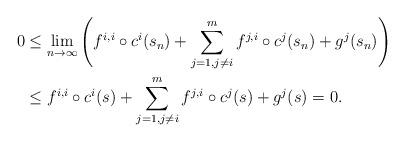
LaTeX: \begin{align*}0&\leq\lim_{n\to\infty} \left( f^{i,i}\circ c^i(s_n) +\sum_{j=1,j\not=i}^mf^{j,i}\circ c^j(s_n)+g^j(s_n)\right)\\&\leq f^{i,i}\circ c^i(s) +\sum_{j=1,j\not=i}^mf^{j,i}\circ c^j(s)+g^j(s)=0.\end{align*}